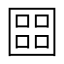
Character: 𡈨